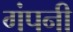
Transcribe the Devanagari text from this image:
गंपनी